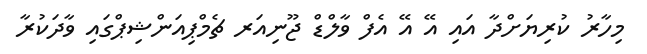
މިހާރު ކުރިޔަށްދާ އައި އޭ އޭ އެފް ވާލްޑް ޖޫނިއަރ ޗެމްޕިއަންޝިޕްގައި ވާދަކުރާ